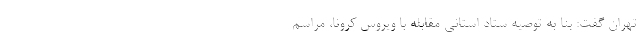
تهران گفت: بنا به توصیه ستاد استانی مقابله با ویروس کرونا، مراسم